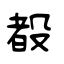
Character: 殾